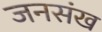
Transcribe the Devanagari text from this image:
जनसंख